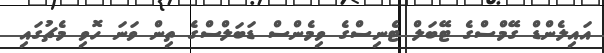
އައިލެންޑް ގޭމްސްގެ ޓޭބަލް ޓެނިސްގެ ވިމެންސް ޑަބަލްސްގެ ތިން ވަނަ ހޮވި މެޗުގައި